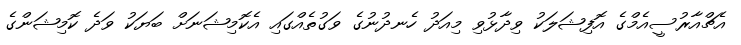
އެޗްއާރުސީއެމްގެ އޮފިޝަލަކު ވިދާޅުވި މިއަދު ހެނދުނުގެ ވަގުތެއްގައި އެކޮމިޝަނަށް ބަޔަކު ވަދެ ކޮމިޝަންގެ